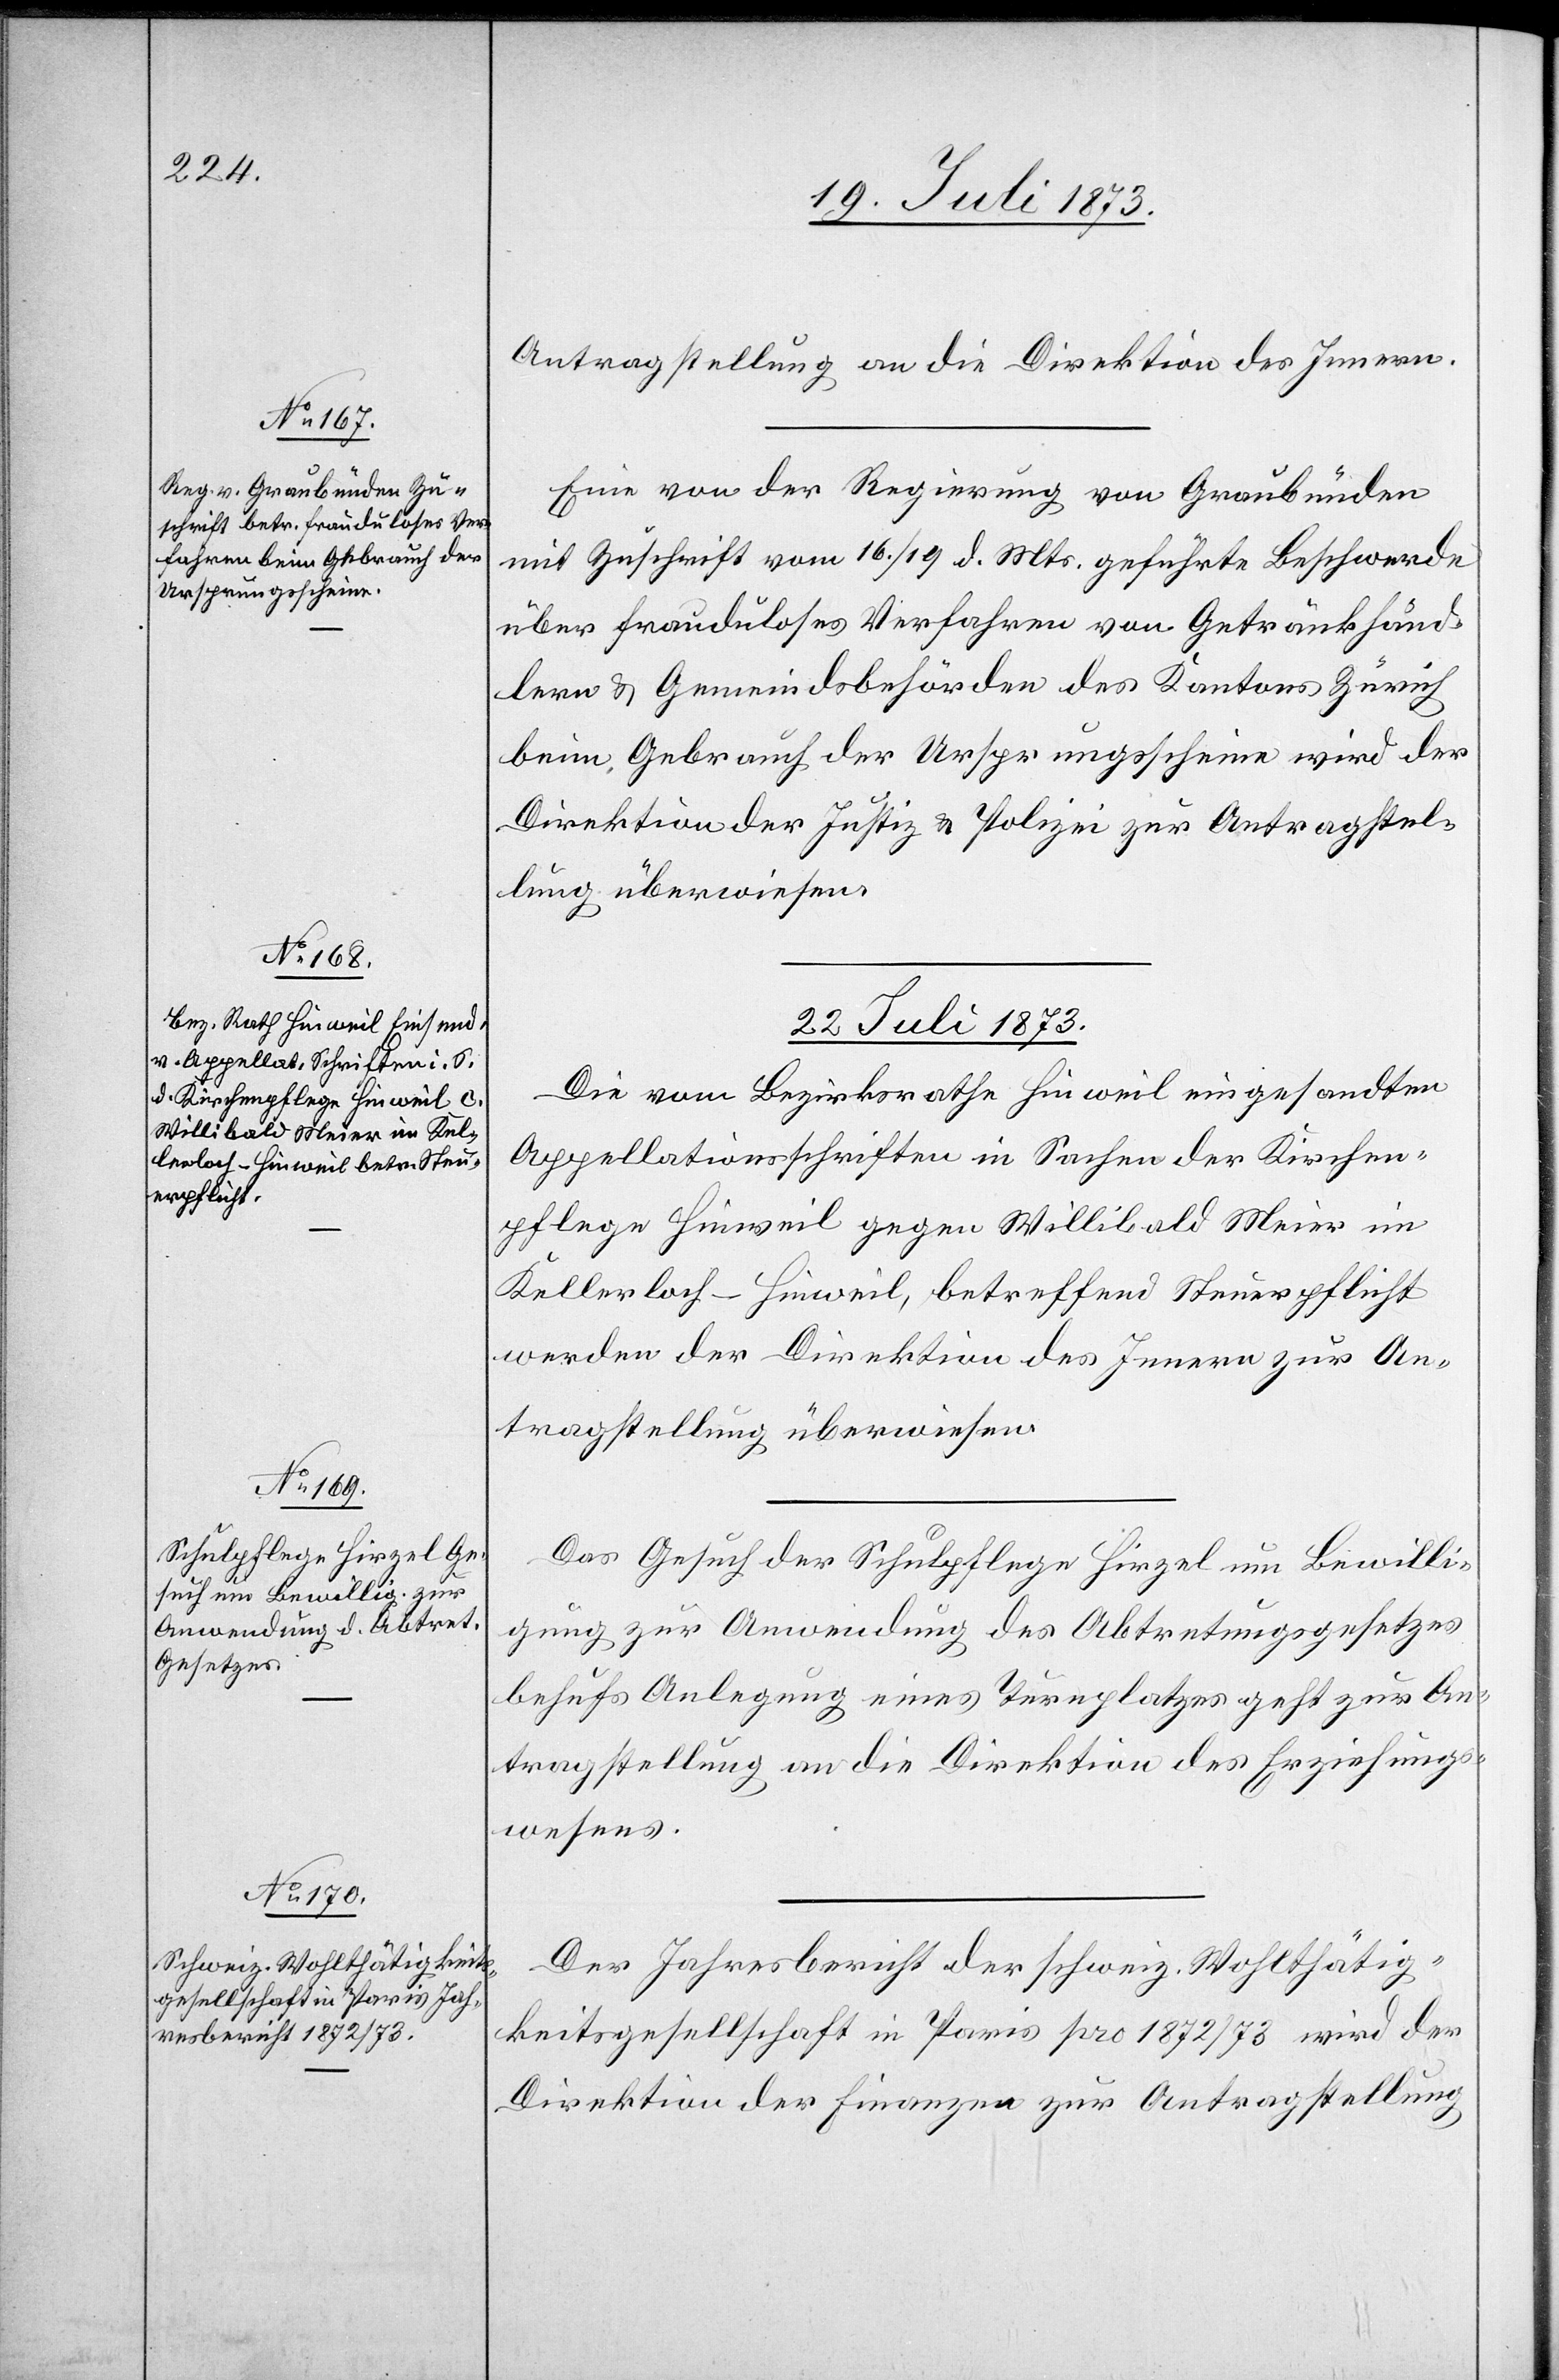
Antragstellung an die Direktion des Innern.
Eine von der Regierung von Graubünden
mit Zuschrift vom 16./19. d. Mts. geführte Beschwerde
über frauduloses Verfahren von Getränkhänd¬
lern & Gemeindsbehörden des Kantons Zürich
beim Gebrauch der Ursprungsscheine wird der
Direktion der Justiz & Polizei zur Antragstel¬
lung überwiesen.
22. Juli 1873.]
Die vom Bezirksrathe Hinweil eingesandten
Appellationsschriften in Sachen der Kirchen¬
pflege Hinweil gegen Willibald Meier im
Kellerloch-Hinweil, betreffend Steuerpflicht
werden der Direktion des Innern zur An¬
tragstellung überwiesen.
Das Gesuch der Schulpflege Hirzel um Bewilli¬
gung zur Anwendung des Abtretungsgesetzes
behufs Anlegung eines Turnplatzes geht zur An¬
tragstellung an die Direktion des Erziehungs¬
wesens.
Der Jahresbericht der schweiz. Wohlthätig¬
keitsgesellschaft in Paris pro 1872/73 wird der
Direktion der Finanzen zur Antragstellung